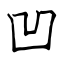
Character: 凹